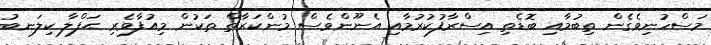
މަސްހުނިވެގެން ތިބުމާއި ބޮޑެތި އިސްރާފުކުރުމާއި އެނޫންވެސް މުންކަރާތް ތަކުން މިއުފާވެރި ޙަފްލާ ކިލަނބު